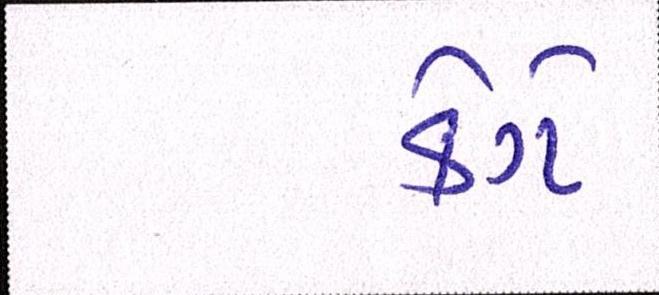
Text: કેગે